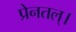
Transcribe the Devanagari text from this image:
प्रेनतल्।